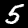
Digit: 5